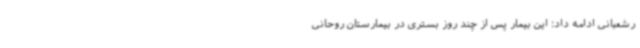
رشعبانی ادامه داد: این بیمار پس از چند روز بستری در بیمارستان روحانی